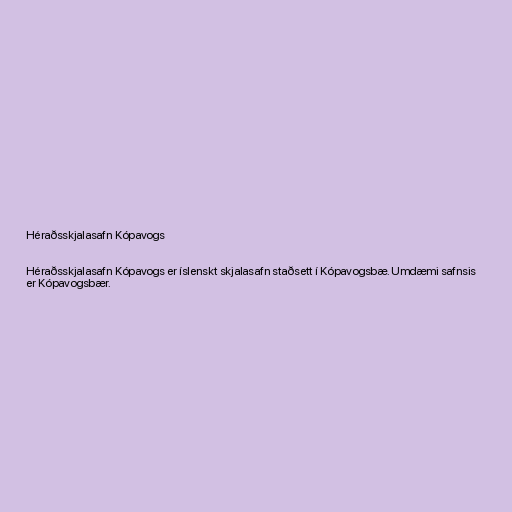
Héraðsskjalasafn Kópavogs

Héraðsskjalasafn Kópavogs er íslenskt skjalasafn staðsett í Kópavogsbæ. Umdæmi safnsis
er Kópavogsbær.